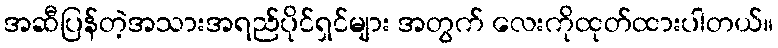
အဆီပြန်တဲ့အသားအရည်ပိုင်ရှင်များ အတွက် လေးကိုထုတ်ထားပါတယ်။